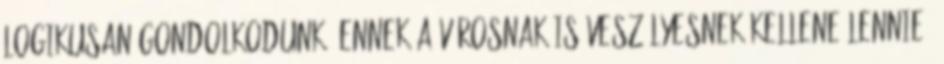
logikusan gondolkodunk, ennek a városnak is veszélyesnek kellene lennie,